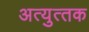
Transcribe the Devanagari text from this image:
अत्‍युत्‍तक